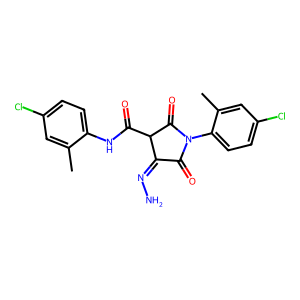
SMILES: Cc1cc(Cl)ccc1NC(=O)C1C(=O)N(c2ccc(Cl)cc2C)C(=O)C1=NN
Inhibits HIV replication: No